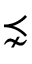
\precnsim